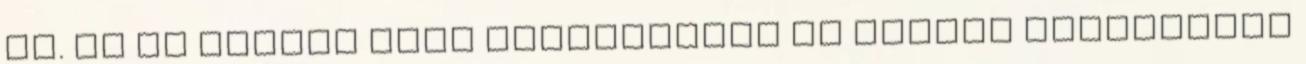
át. Az én esetem alig különbözött az orvosi könyvekben